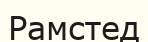
Рамстед